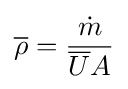
{\overline {\rho }}={{\dot {m}} \over {\overline {U}}A}